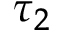
\tau _ { 2 }